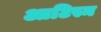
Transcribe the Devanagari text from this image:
आटिस्म